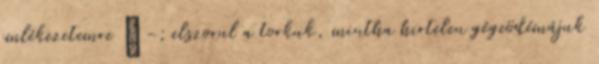
emlékezetemre ” -; elszorul a torkuk, mint­ha hirtelen gégeödémájuk